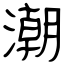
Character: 潮